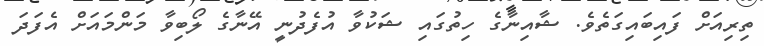
ތިރިއަށް ފައިބައިގަތެވެ. ޝާއިނާގެ ހިތުގައި ޝަކުވާ އުފެދުނީ އޭނާގެ ލޯބިވާ މަންމައަށް އެފަދަ